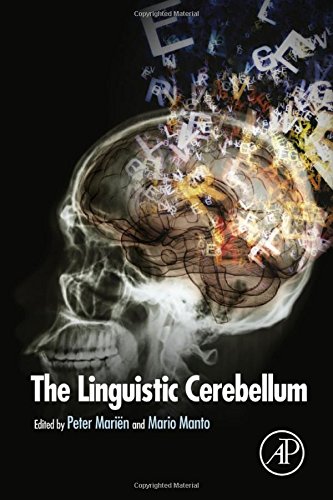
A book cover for The Linguistic Cerebellum; Medical Books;